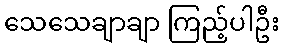
သေသေချာချာ ကြည့်ပါဦး